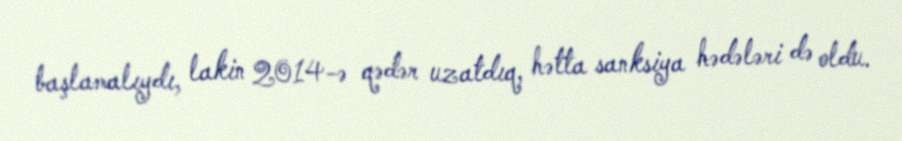
başlamalıydı, lakin 2014-ə qədər uzatdıq, hətta sanksiya hədələri də oldu.